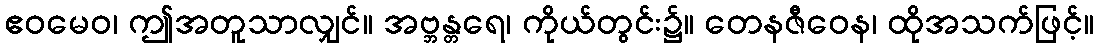
ဧဝမေဝ၊ ဤအတူသာလျှင်။ အဗ္ဘန္တရေ၊ ကိုယ်တွင်း၌။ တေနဇီဝေန၊ ထိုအသက်ဖြင့်။